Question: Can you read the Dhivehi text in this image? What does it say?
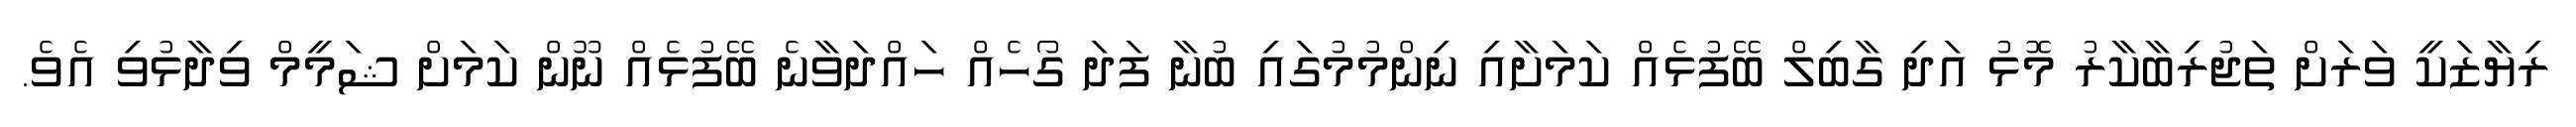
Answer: ރިޔާޒަކީ ވަރަށް ތަޖުރިބާކާރު މޮޅު އަދި ގާބިލް ބޭފުޅެއް ކަމަށާއި ނިންމުމުގައި ބުނާ ފަދަ ގޯހެއް ހައްދަވާނެ ބޭފުޅެއް ނޫން ކަމަށް ޝަމީމް ވިދާޅުވި އެވެ.